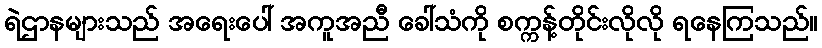
ရဲဌာနများသည် အရေးပေါ် အကူအညီ ခေါ်သံကို စက္ကန့်တိုင်းလိုလို ရနေကြသည်။